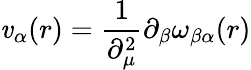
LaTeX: \mathit{v}_{\alpha}(r)=\frac{{1}}{{\partial_{\mu}^{2}}}\partial_{\beta}\omega_{\beta\alpha}(r)